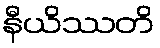
နီယိဿတိ